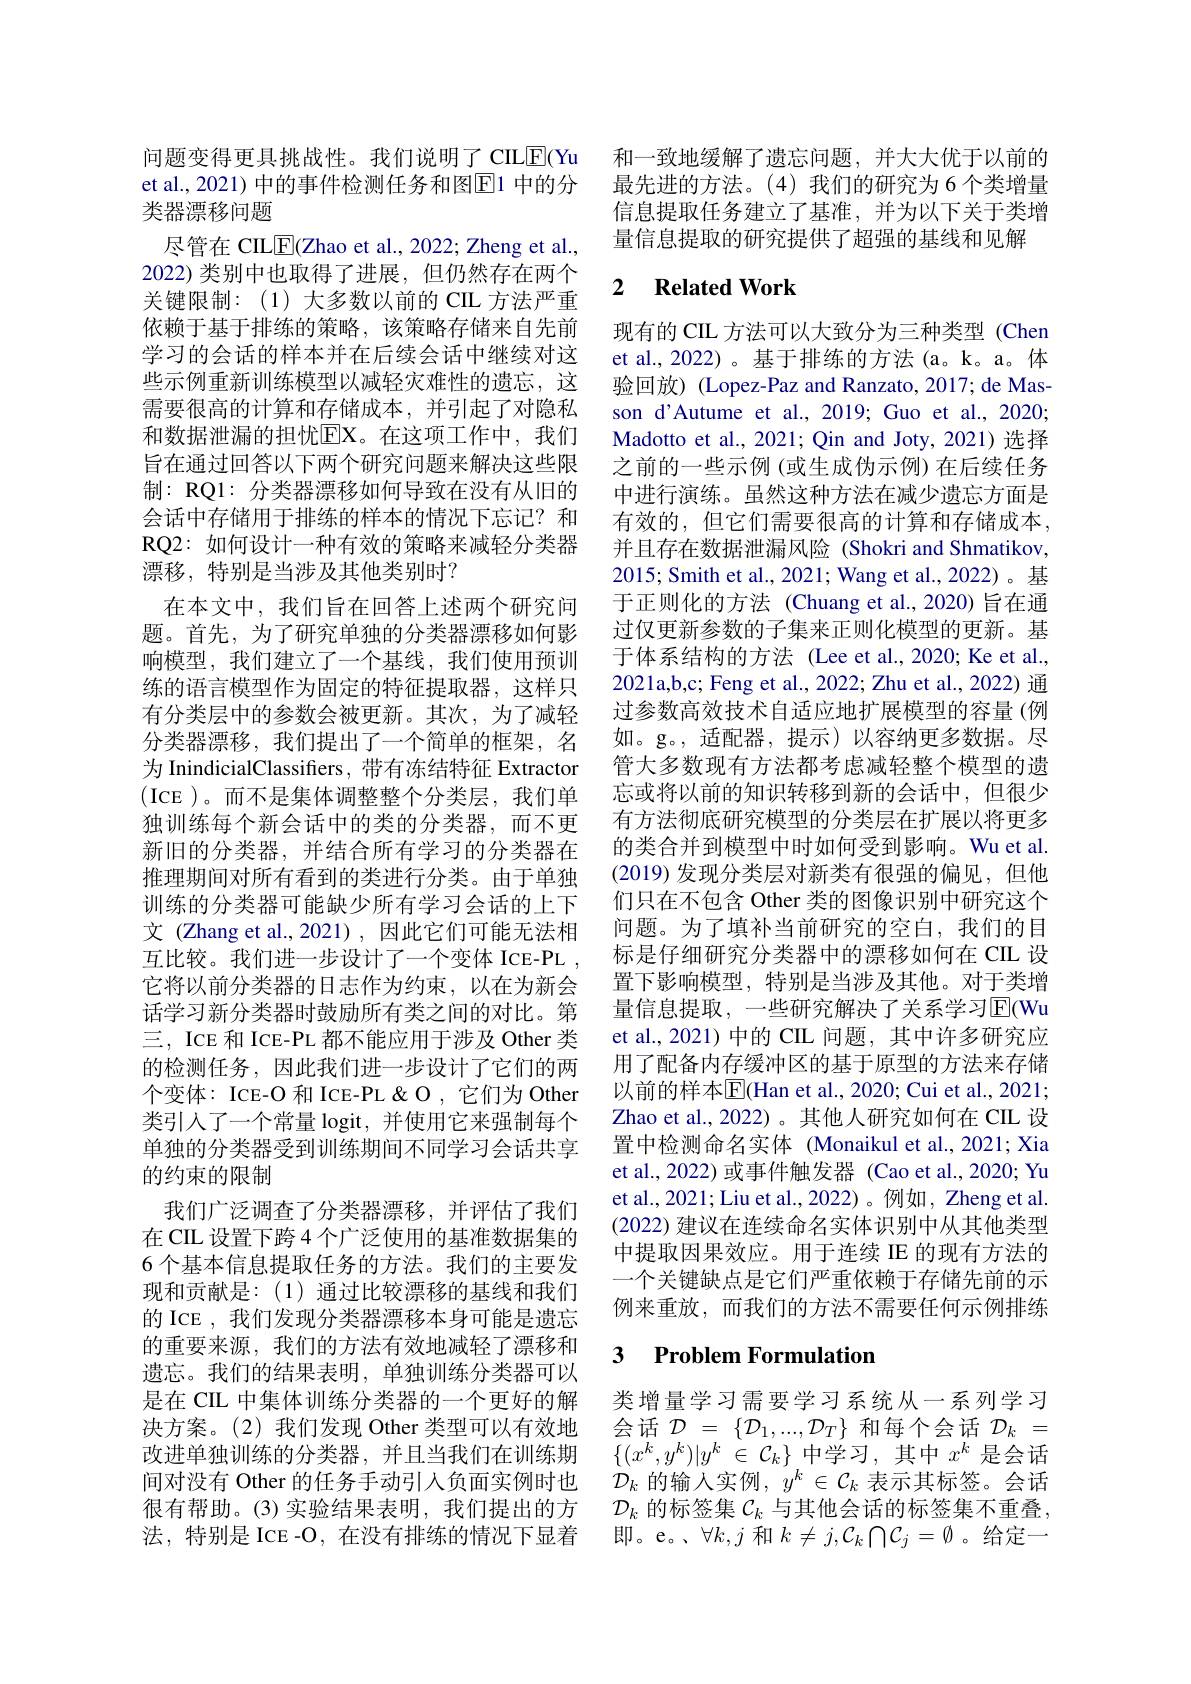
et al., 2021) 中的事件检测任务和图$\overline{\mathrm{E}}$1 中的分
类器漂移问题
尽管在 CILE(Zhao et al., 2022; Zheng et al., 2022)类别中也取得了进展，但仍然存在两个关键限制：(1)大多数以前的 CIL 方法严重依赖于基于排练的策略，该策略存储来自先前学习的会话的样本并在后续会话中继续对这些示例重新训练模型以减轻灾难性的遗忘，这需要很高的计算和存储成本，并引起了对隐私和数据泄漏的担忧$\overline{\mathrm{EX}}$。在这项工作中，我们旨在通过回答以下两个研究问题来解决这些限制：RQ1: 分类器漂移如何导致在没有从旧的会话中存储用于排练的样本的情况下忘记？和RQ2: 如何设计一种有效的策略来减轻分类器漂移，特别是当涉及其他类别时？
在本文中，我们旨在回答上述两个研究问题。首先，为了研究单独的分类器漂移如何影响模型，我们建立了一个基线，我们使用预训练的语言模型作为固定的特征提取器，这样只有分类层中的参数会被更新。其次，为了减轻分类器漂移，我们提出了一个简单的框架，名为 InindicialClassifers, 带有冻结特征 Extractor (ICE )。而不是集体调整整个分类层，我们单独训练每个新会话中的类的分类器，而不更新旧的分类器，并结合所有学习的分类器在推理期间对所有看到的类进行分类。由于单独训练的分类器可能缺少所有学习会话的上下文 (Zhang et al.,2021) ,因此它们可能无法相互比较。我们进一步设计了一个变体 ICE-PL , 它将以前分类器的日志作为约束，以在为新会话学习新分类器时鼓励所有类之间的对比。第三，ICE 和 ICE-PL 都不能应用于涉及 Other 类的检测任务，因此我们进一步设计了它们的两个变体：ICE-O 和 ICE-PL & O , 它们为 Other 类引入了一个常量 logit, 并使用它来强制每个单独的分类器受到训练期间不同学习会话共享的约束的限制
我们广泛调查了分类器漂移，并评估了我们在CIL 设置下跨 4 个广泛使用的基准数据集的6 个基本信息提取任务的方法。我们的主要发现和贡献是：(1)通过比较漂移的基线和我们的 ICE , 我们发现分类器漂移本身可能是遗忘的重要来源，我们的方法有效地减轻了漂移和遗忘。我们的结果表明，单独训练分类器可以是在 CIL 中集体训练分类器的一个更好的解决方案。(2) 我们发现 Other 类型可以有效地改进单独训练的分类器，并且当我们在训练期间对没有 Other 的任务手动引入负面实例时也很有帮助。(3)实验结果表明，我们提出的方法，特别是 ICE -O , 在没有排练的情况下显着

问题变得更具挑战性。我们说明了 CIL$\overline{\mathbb{E}}($Yu 和一致地缓解了遗忘问题，并大大优于以前的
最先进的方法。(4)我们的研究为 6 个类增量信息提取任务建立了基准，并为以下关于类增量信息提取的研究提供了超强的基线和见解

### 2 $\textbf{Related Work}$

现有的 CIL 方法可以大致分为三种类型 (Chen et al., 2022) 。基于排练的方法 (a。k。a。体验回放) (Lopez-Paz and Ranzato, 2017; de Masson d'Autume et al., 2019; Guo et al., 2020; Madotto et al., 2021; Qin and Joty, 2021)选择之前的一些示例 (或生成伪示例) 在后续任务中进行演练。虽然这种方法在减少遗忘方面是有效的，但它们需要很高的计算和存储成本， 并且存在数据泄漏风险 (Shokri and Shmatikov, 2015; Smith et al., 2021; Wang et al., 2022)。基于正则化的方法(Chuang et al.,2020) 旨在通过仅更新参数的子集来正则化模型的更新。基于体系结构的方法 (Lee et al.,2020; Ke et al., 2021a,b,c; Feng et al., 2022; Zhu et al., 2022) 通过参数高效技术自适应地扩展模型的容量(例如。g。,适配器，提示)以容纳更多数据。尽管大多数现有方法都考虑减轻整个模型的遗忘或将以前的知识转移到新的会话中，但很少有方法彻底研究模型的分类层在扩展以将更多的类合并到模型中时如何受到影响。Wu et al. (2019)发现分类层对新类有很强的偏见，但他们只在不包含 Other 类的图像识别中研究这个问题。为了填补当前研究的空白，我们的目标是仔细研究分类器中的漂移如何在 CIL 设置下影响模型，特别是当涉及其他。对于类增量信息提取，一些研究解决了关系学习$\overline{\mathrm{E}}($Wu et al., 2021) 中的 CIL 问题，其中许多研究应用了配备内存缓冲区的基于原型的方法来存储以前的样本$\overline{\mathrm{E}}($Han et al., 2020; Cui et al., 2021; Zhao et al., 2022)。其他人研究如何在 CIL 设置中检测命名实体 (Monaikul et al., 2021; Xia et al., 2022) 或事件触发器 (Cao et al., 2020; Yu et al., 2021; Liu et al., 2022)。例如，Zheng et al. (2022) 建议在连续命名实体识别中从其他类型中提取因果效应。用于连续 IE 的现有方法的一个关键缺点是它们严重依赖于存储先前的示例来重放，而我们的方法不需要任何示例排练

### 3 $\textbf{Problem Formulation}$

类增量学习需要学习系统从一系列学习会话$\mathcal{D}$ = $\{ \mathcal{D} _1, . . . , \mathcal{D} _T\}$和每个会话$\mathcal{D} _k$ = $\{ ( x^k, y^k) | y^k$ $\in$ $\mathcal{C} _k\}$中学习，其中$x^k$是会话$\mathcal{D}_k$的输入实例，$y^k\in\mathcal{C}_k$表示其标签。会话$\mathcal{D}_k$的标签集$\mathcal{C}_k$与其他会话的标签集不重叠， 即。e。、$\forall k,j$和$k\neq j,\mathcal{C}_k\bigcap\mathcal{C}_j=\emptyset$。给定一